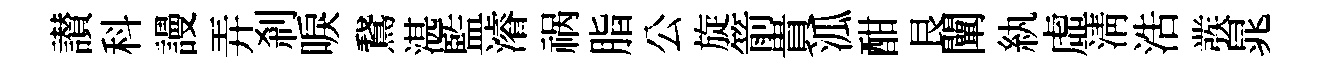
讃科謾弄剎唳鵞湛監濬祸脂公旋箭貴泒酣艮闡紈虛淸浩彂晁